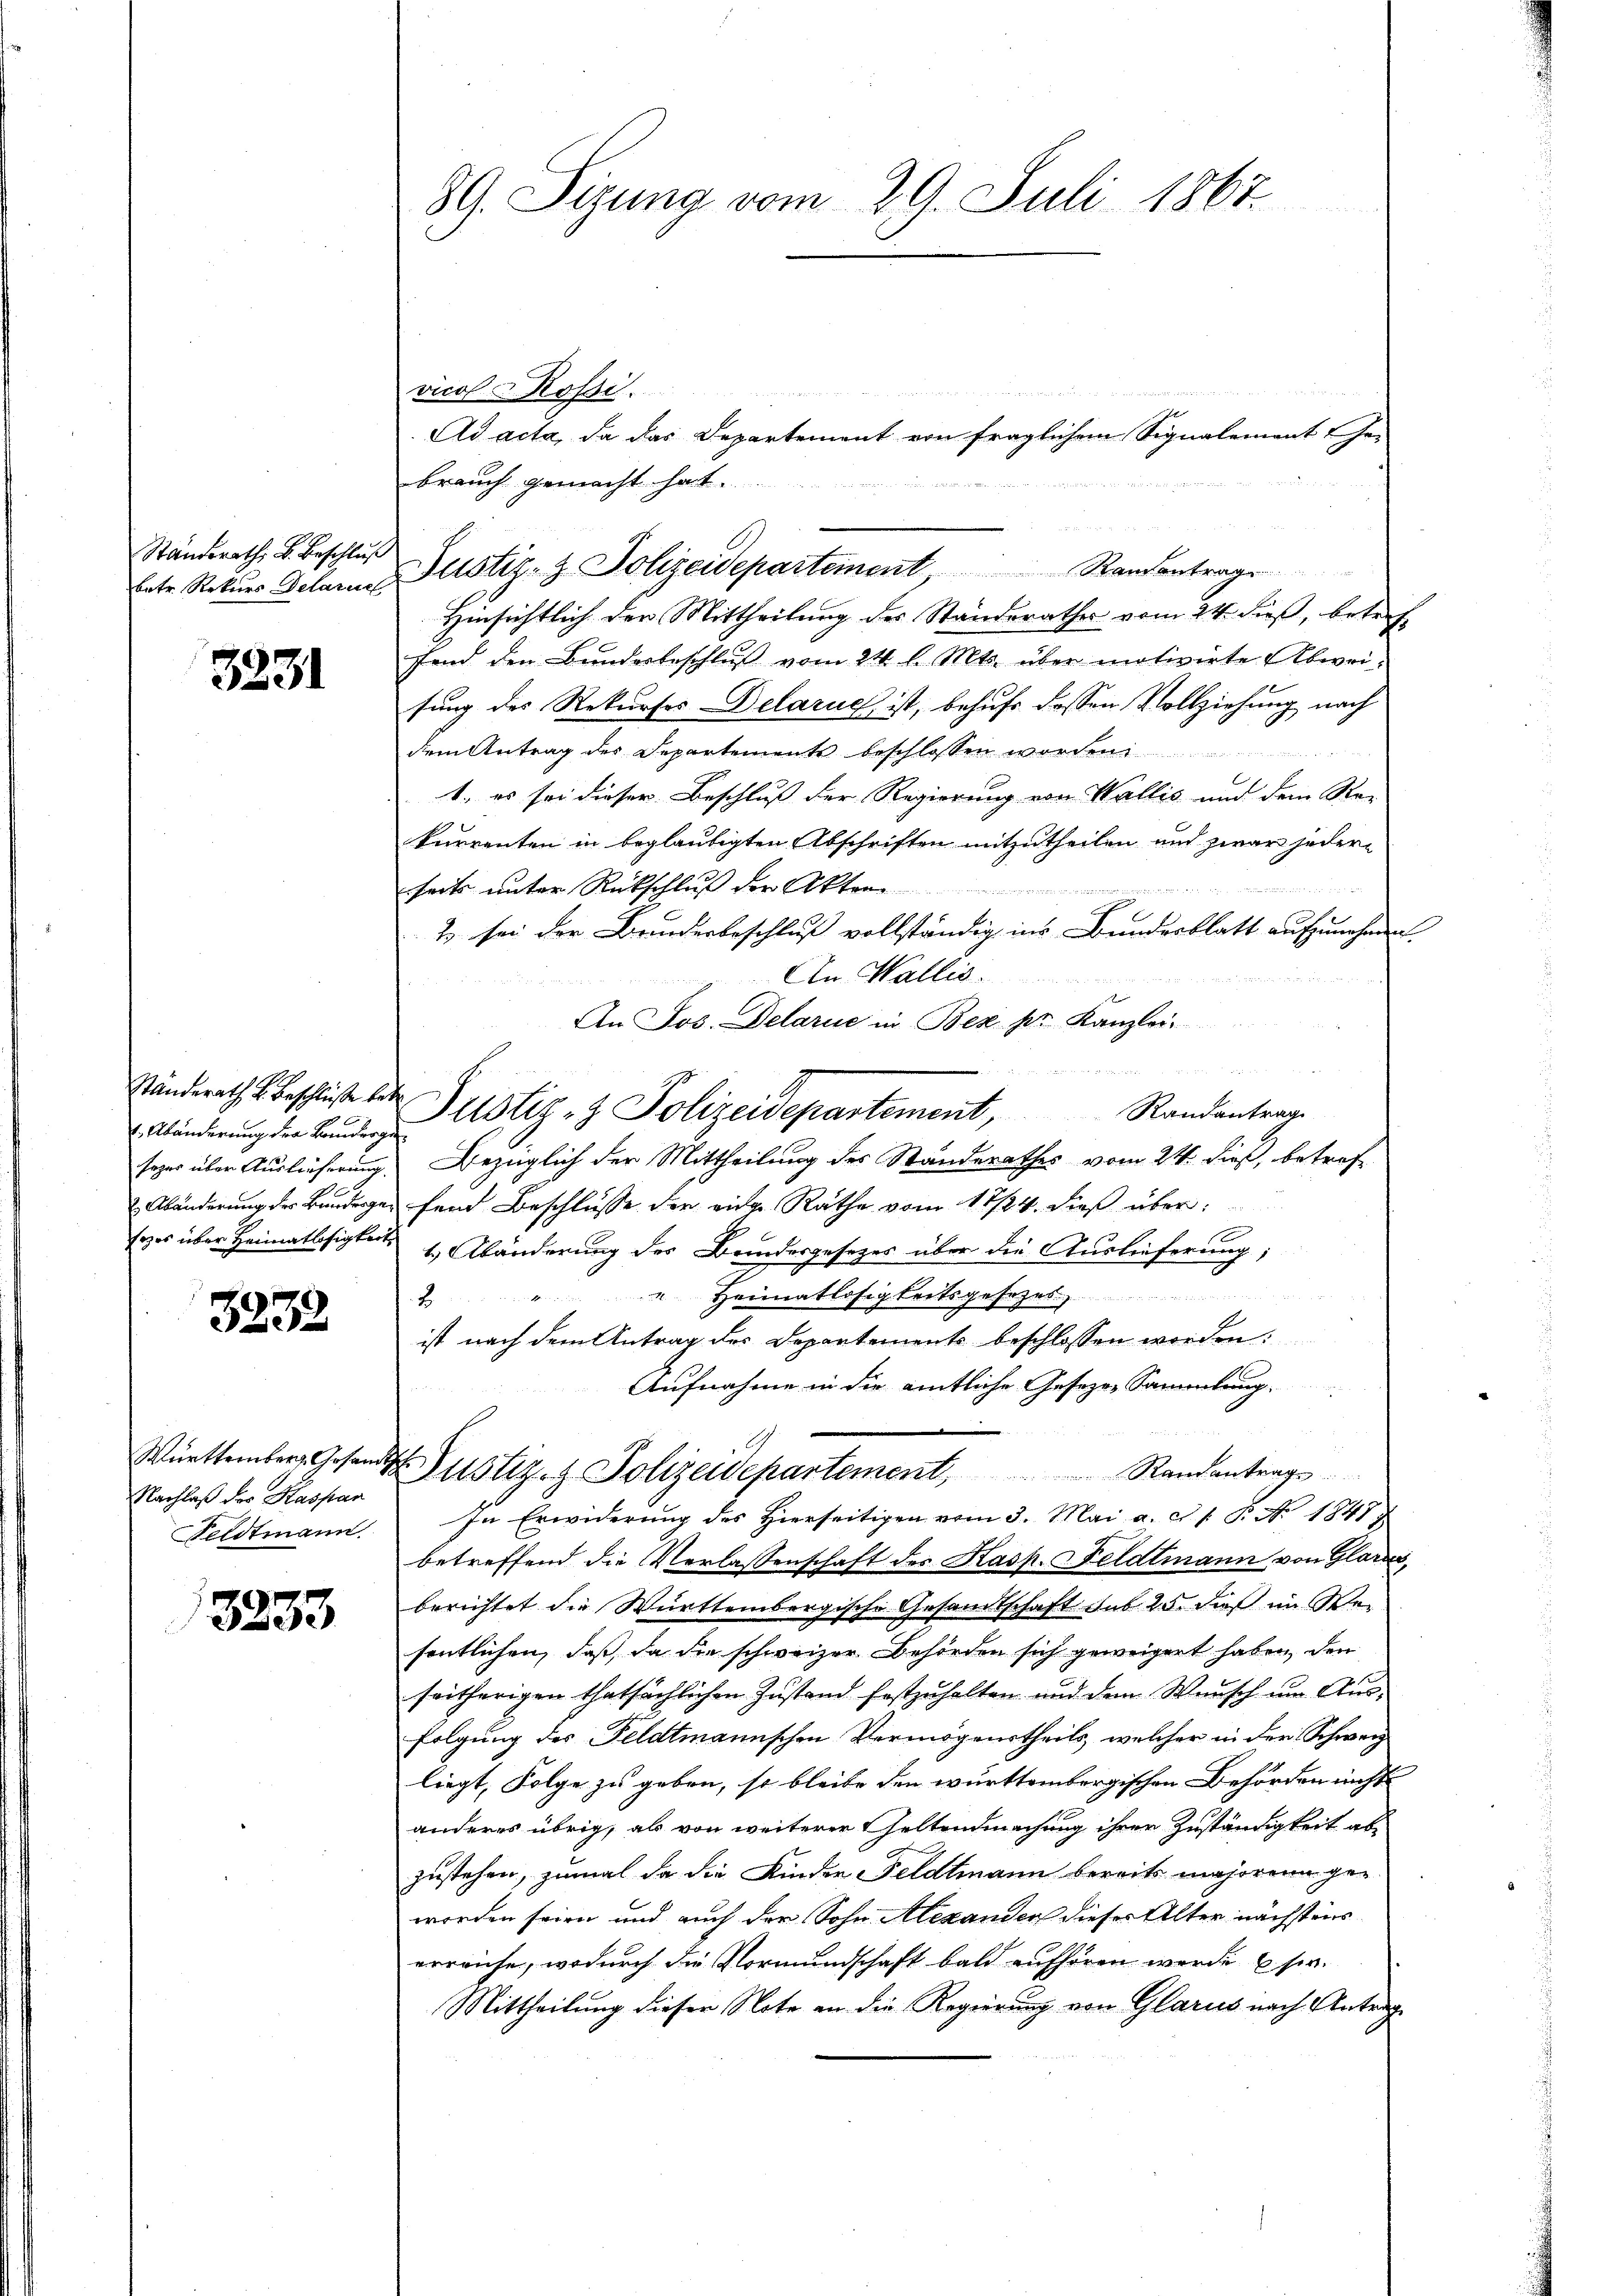
Standerath, u. Beschluß
betr. Rekurs Delariel

3231

Abänderung der Bandergesozer über Auslieferung.
Erzes über Heimatlosigkeit

3232

Württemberg. Gesandt
Nachlaß des Kaspar
Feldtmann

3233

89. Sizung vom 29. Juli 1867.

vicol Rossi.
brauch gemacht hat.
Hinsichtlich der Mittheilung des Standerathes vom 24. dieß, betreffand den Bundesbeschluß vom 24. l. Mts. über motivirte Abweisung des Rekurses Delarus ist, behufs dessen Vollziehung nach
dem Antrag des Departements beschlossen worden.
1., es sei dieser Beschluß der Regierung von Wallis und dem Re-
kurrenten in beglaubigten Abschriften mitzutheilen und zwar jederseits unter Rückschluß der Akten
2 sei der Bundesbeschluß vollständig ins Bundesblatt aufzunehmen.
An Wallis.
An Jos. Delarie in Bez pr. Kanzlei-
u
Standerath Beschluße der Justiz- & Polizeidepartement,
Randantrag
Bezüglich der Mittheilung des Standerathes vom 24. dieß, betref¬
& Abänderung der Bunderger fand Beschlusse der eine Räthe vom 17/24. dieβ über:
1.) Abänderung des Bundesgesetzes über die Auslieferung;
""Heimatlosigkeitsgesezes
ist nach dem Antrag des Departements beschlossen worden:
Aufnahme in die amtliche Gesezes Sammlung.
Justiz- & Polizeidepartement                     Randantrags
In Erwiderung des Hierseitigen vom 3. Mai a. c. 1. P. No 1847)
betreffend die Verlassenschaft des Kasp. Feldtmann von Glarus,
berichtet die Württembergische Gesandtschaft sub. 25. dieß im Wei
sentlichen, daß da die schweizer Behörden sich geweigert haben, den
seitherigen thatsächlichen Zustand festzuhalten und dem Wunsch um Aus-
folgung des Feldtmannschen Vermögenstheils, welcher in der Schwerz
liegt, Folge zu geben, so bleibe den württembergischen Behörden nicht
anderes übrig, als von weiterer Geltendmachung ihrer Zuständigkeit abzustehen, zumal da die Kinder Feldtmann bereits majorene geworden seien und auch der Sohn Alexander dieser Alter nächstens
erreiche, wodurch die Vormundschaft bald aufhören werde (s.
Mittheilung dieser Note an die Regierung von Glarus nach Antrag

Ad acta, da das Departement von fraglichem Signalement hei-

u
Justiz- & Polizeidepartement Randantrage